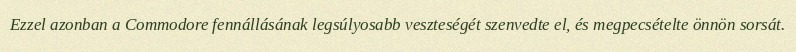
Ezzel azonban a Commodore fennállásának legsúlyosabb veszteségét szenvedte el, és megpecsételte önnön sorsát.